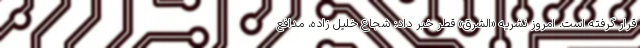
قرار گرفته است. امروز نشریه «الشرق» قطر خبر داد: شجاع خلیل زاده، مدافع